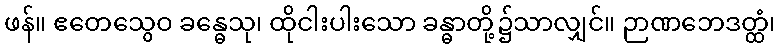
ဖန်။ ဧတေသွေဝ ခန္ဓေသု၊ ထိုငါးပါးသော ခန္ဓာတို့၌သာလျှင်။ ဉာဏဘေဒတ္ထံ၊